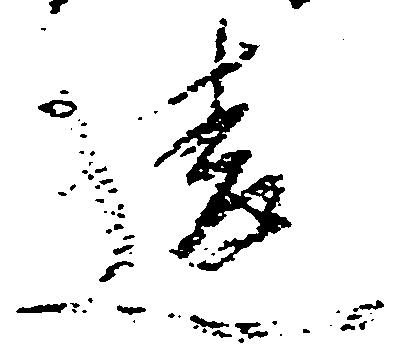
違